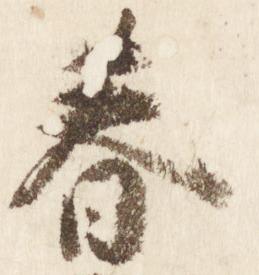
春